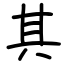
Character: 其